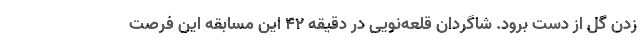
زدن گل از دست برود. شاگردان قلعه‌نویی در دقیقه ۴۲ این مسابقه این فرصت